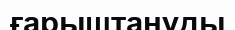
ғарыштануды